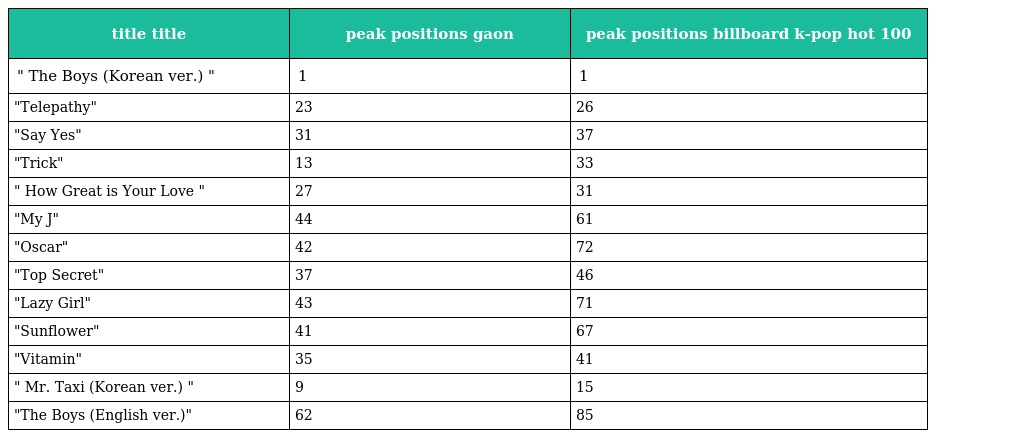
| title title | peak positions gaon | peak positions billboard k-pop hot 100 |
 | --- | --- | --- |
 | " The Boys (Korean ver.) " | 1 | 1 |
 | "Telepathy" | 23 | 26 |
 | "Say Yes" | 31 | 37 |
 | "Trick" | 13 | 33 |
 | " How Great is Your Love " | 27 | 31 |
 | "My J" | 44 | 61 |
 | "Oscar" | 42 | 72 |
 | "Top Secret" | 37 | 46 |
 | "Lazy Girl" | 43 | 71 |
 | "Sunflower" | 41 | 67 |
 | "Vitamin" | 35 | 41 |
 | " Mr. Taxi (Korean ver.) " | 9 | 15 |
 | "The Boys (English ver.)" | 62 | 85 |